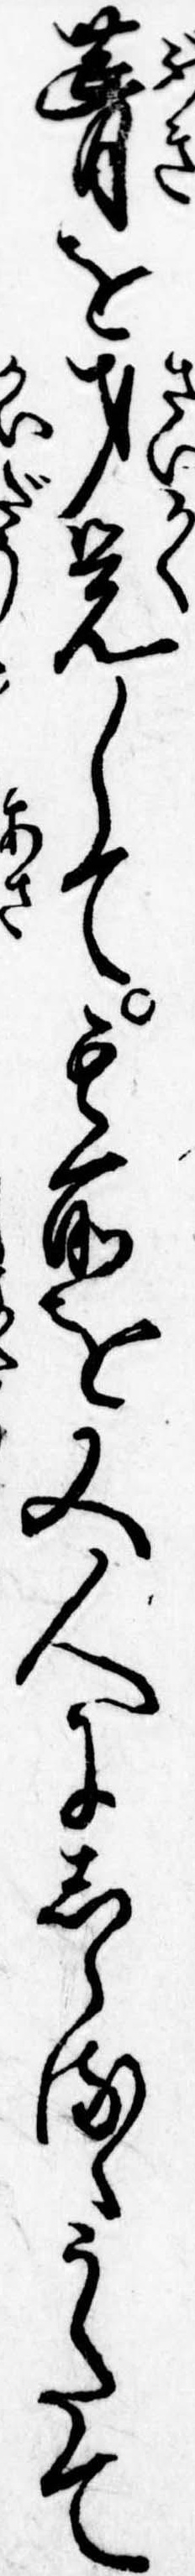
葺を才覚して其所を又人にしらるゝうたて